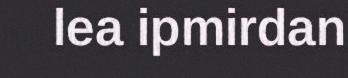
lea ipmirdan